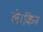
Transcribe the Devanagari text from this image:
ले।किन